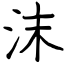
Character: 沫